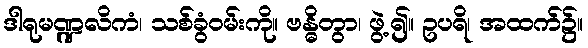
ဒါရုမဏ္ဍလိကံ၊ သစ်ခွံဝမ်းကို။ ဗန္ဓိတွာ၊ ဖွဲ့၍။ ဥပရိ၊ အထက်၌။